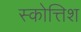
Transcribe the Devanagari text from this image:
स्कोत्तिश